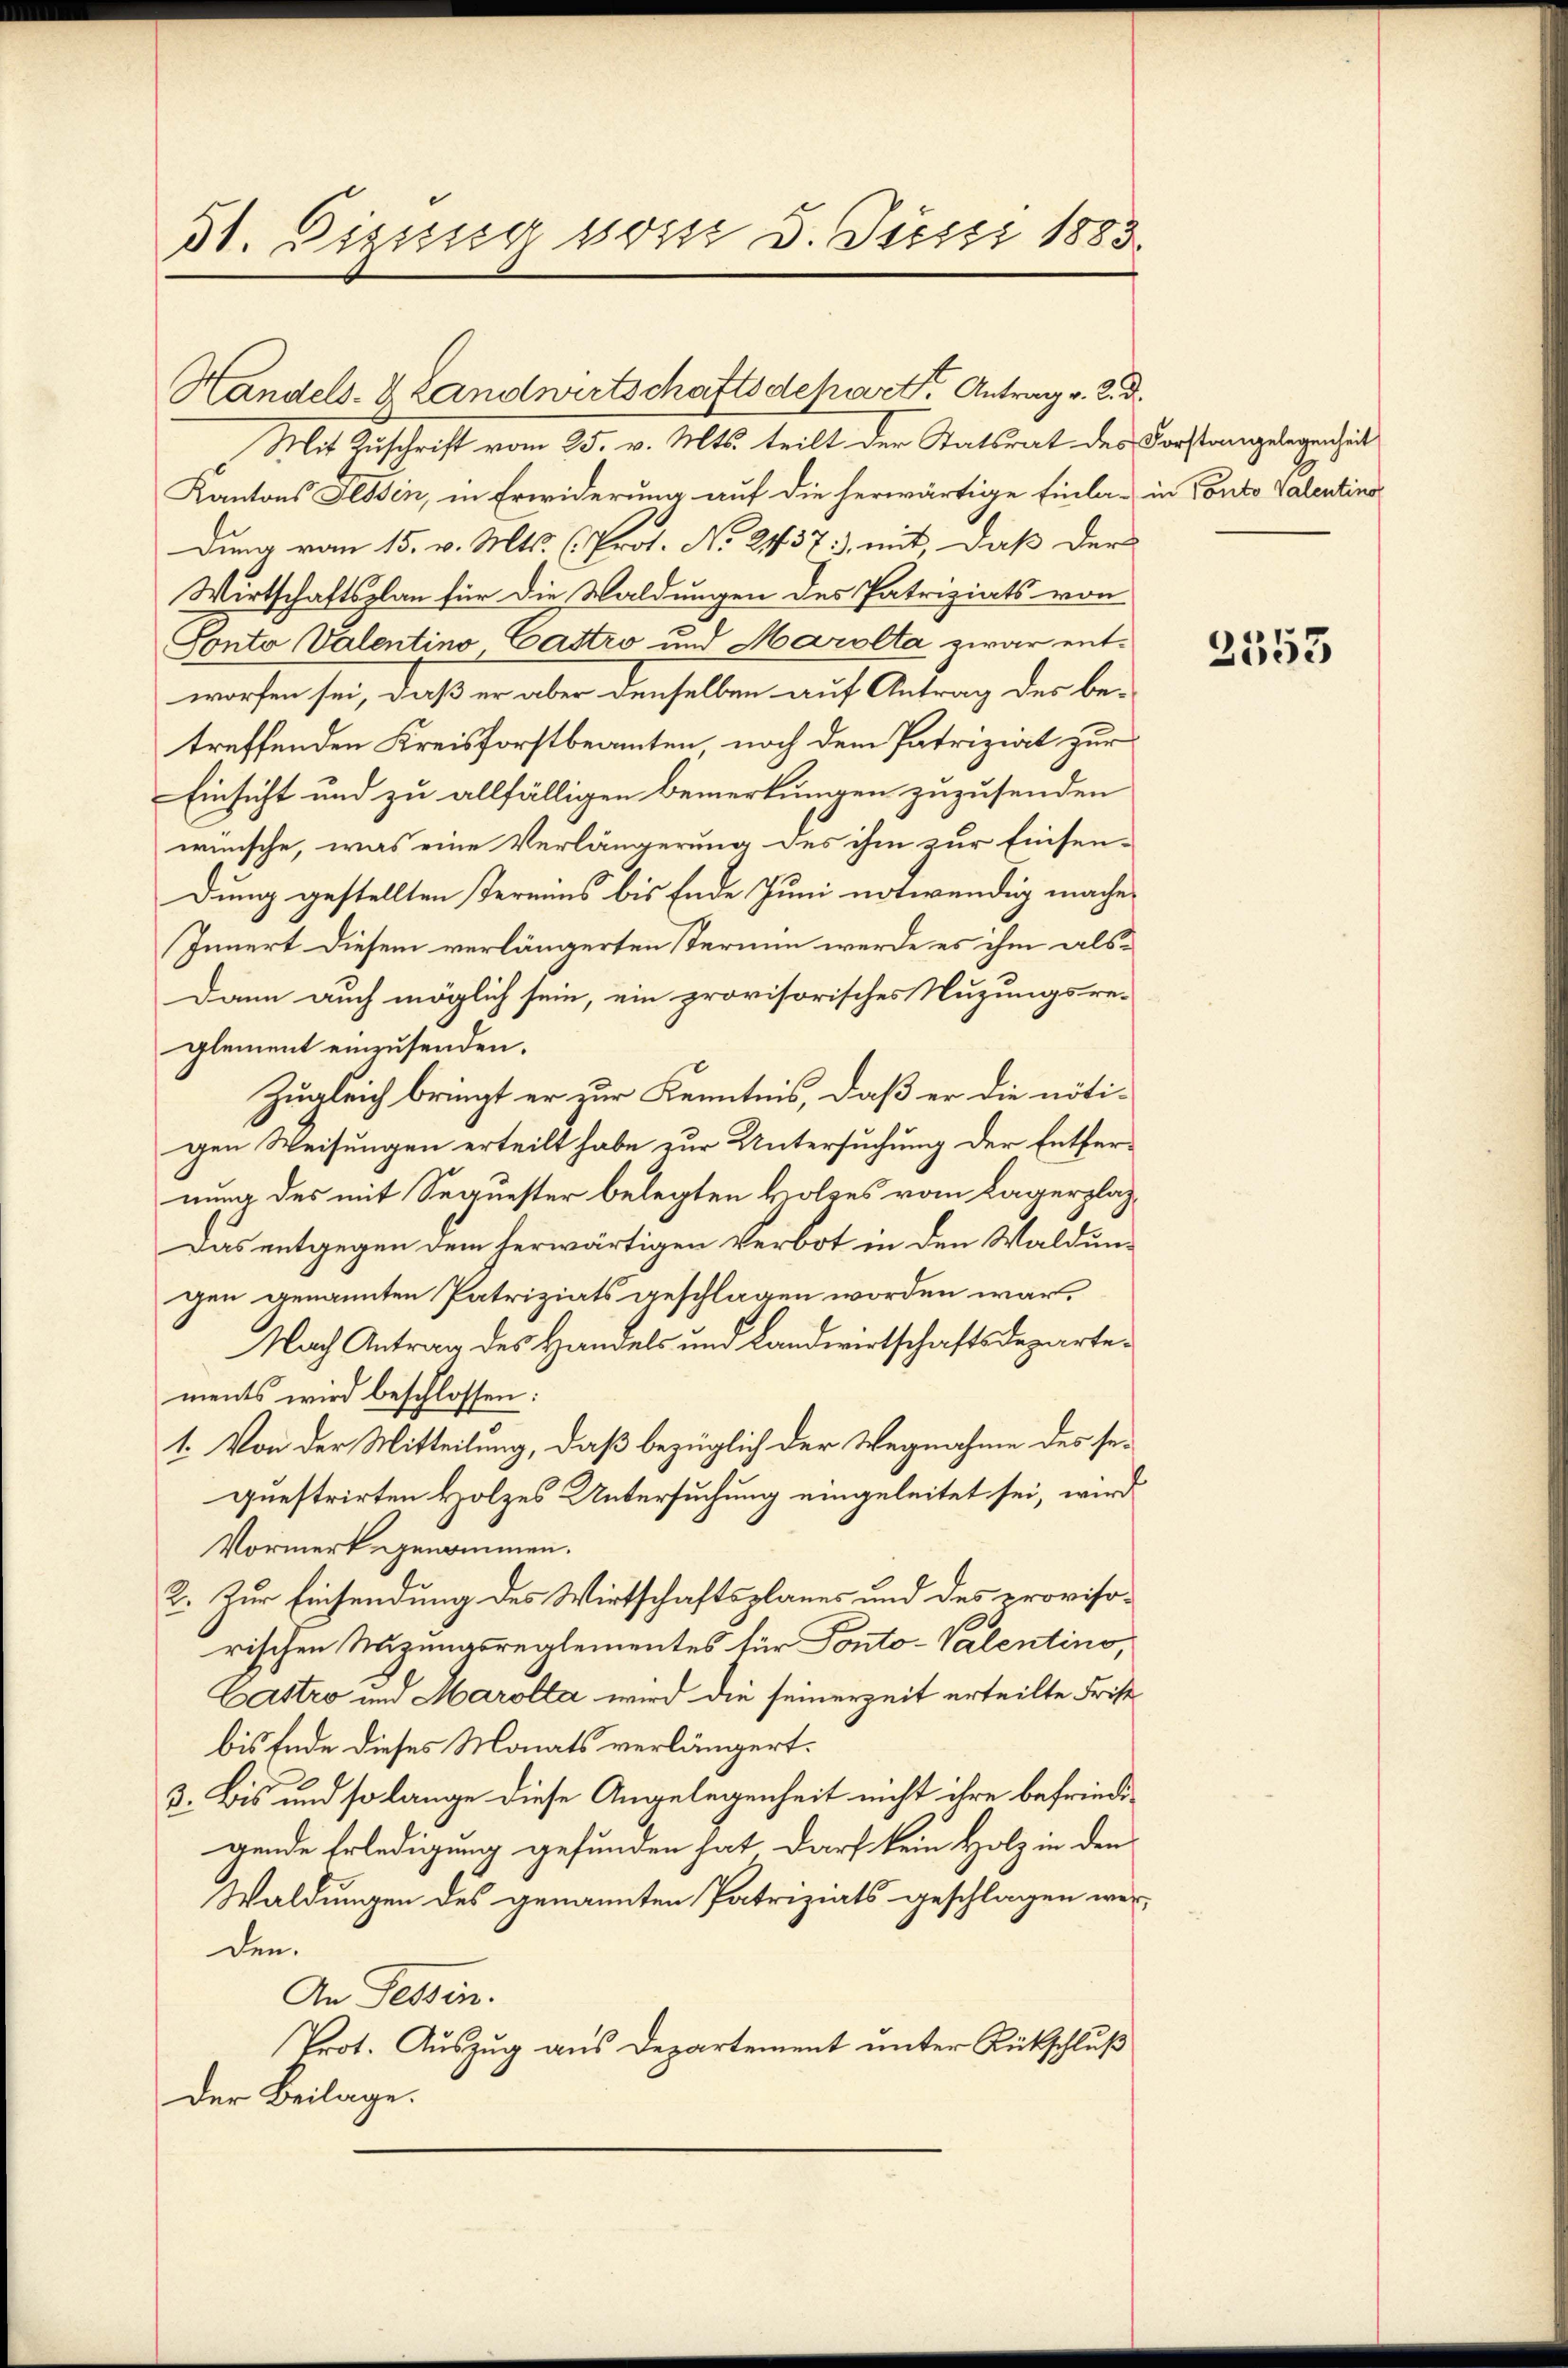
31. Digung posse 3. Fierzi 1883.

Mit Zuschrift vom 25. v. Mts. teilt der Statsrat des Forstangelegenheit
Kantons Fessen, in Erwiderung auf die herwärtige Einla- in Ponto Valentine
dung vom 15. v. Mts. (Prot. No. 2137), mit, daß der
Wirtschaftsplan für die Waldungen des Patriziats von
Ponto Valentino Gastro und Marolta zwar entworfen sei, daß er aber denselben auf Antrag des betreffenden Kreisforstbeamten noch dem Patriziat zur
Einsicht und zu allfälligen Bemerkungen zuzusenden
wünsche, was eine Verlängerung des ihm zur Einsendung gestellten Termins bis Ende Juni notwendig mache.
Innert diesem verlängerten Termin werde es ihm als
Dann auch möglich sein, ein provisorisches Nuzungsre-
glement einzusenden.
Zugleich bringt er zur Kenntnis, daß er die nöti-
gen Weisungen erteilt habe zur Untersuchung der Entfernung des mit Sequester belegten Holzes vom Lagerplag
Das entgegen dem herwärtigen Verbot in den Waldung
gen genannten Patriziats geschlagen worden war,
Nach Antrag des Handels und Landwirtschaftsdepartements wird beschlossen:
1. Von der Mitteilung, daß bezüglich der Wegnahme des sequestrirten Holzes Untersuchung eingeleitet sei, wird
Vormerk genommen.
2. Zur Einsendung des Wirtschaftsplaner und des provisorischen Mizungsreglementes für Ponto-Valentino,
Castro und Marolta wird die seinerzeit erteilte Frist
bis Ende dieses Monats verlängert.
3. Bis und so lange diese Angelegenheit nicht ihre befriedigende Erledigung gefunden hat darf kein Holz in den
Waldungen des genannten Patriziats geschlagen werden.
An Tessin.
Prot. Auszug aus Departement unter Rückschluß
Der Beilage.

Handels- & Landwirtschaftsdepart. Antrag v. 2. d.

2555